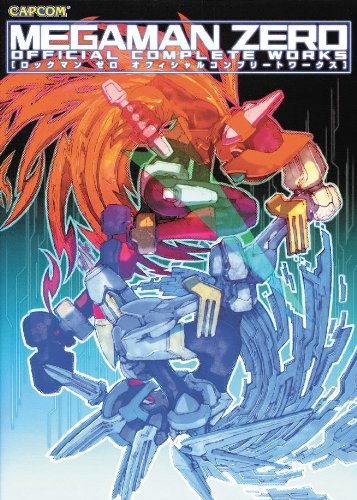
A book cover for Megaman Zero Official Complete Works; Comics & Graphic Novels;